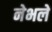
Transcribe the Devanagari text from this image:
नेभले